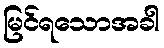
မြင်ရသောအခါ